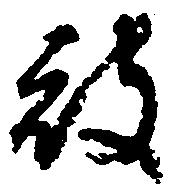
被